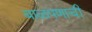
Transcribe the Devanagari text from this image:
बाळपणाची